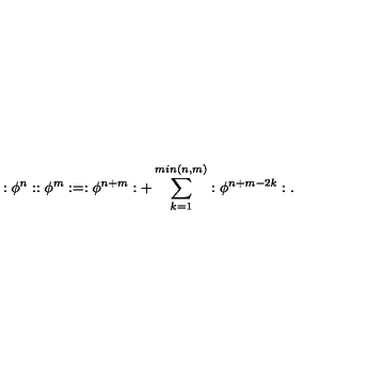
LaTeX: : \phi ^ { n } : : \phi ^ { m } : = : \phi ^ { n + m } : + \sum _ { k = 1 } ^ { m i n ( n , m ) } : \phi ^ { n + m - 2 k } : .